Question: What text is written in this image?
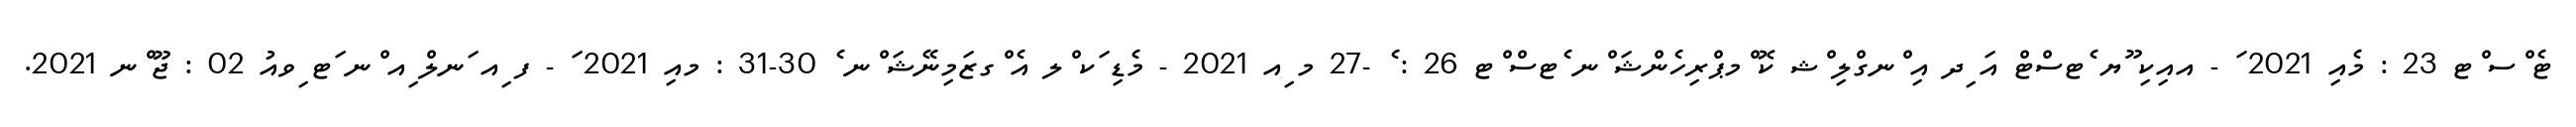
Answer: ޓެ ްސ ްޓ 23 : މެއި 2021 ަ - އއިކި ޫޔ ެޓސްޓް އަ ިދ އި ްނގްލި ްޝ ކޮ ްމޕްރިހެންޝަ ްނ ެޓސް ްޓ 26 : ެ -27 މ ިއ 2021 - މެޑި ަކ ްލ އެ ްގޒަމިނޭޝަ ްނ ެ 30-31 : މއި 2021 ަ - ފ ިއ ަނލް ިއ ްނ ަޓ ިވއު 02 : ޖޫ ްނ 2021.